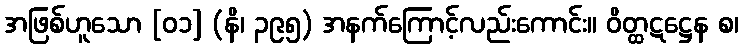
အဖြစ်ဟူသော [၀၁] (နိ၊ ၃၉၅) အနက်ကြောင့်လည်းကောင်း။ ဝိတ္ထဋဋ္ဌေန စ၊